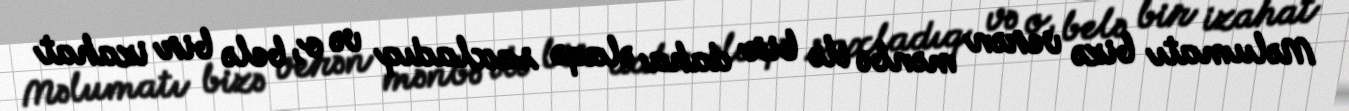
Məlumatı bizə verən mənbə ilə bir daha əlaqə saxladıq və o, belə bir izahat